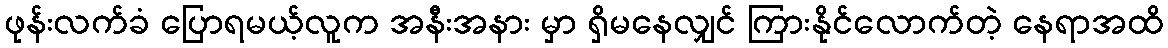
ဖုန်းလက်ခံ ပြောရမယ့်လူက အနီးအနား မှာ ရှိမနေလျှင် ကြားနိုင်လောက်တဲ့ နေရာအထိ